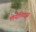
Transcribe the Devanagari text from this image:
लेयोनिदस